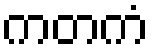
ကတကံ